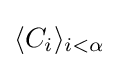
\langle C_{i}\rangle _{i<\alpha }